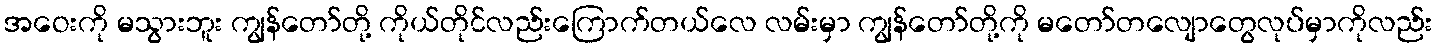
အဝေးကို မသွားဘူး ကျွန်တော်တို့ ကိုယ်တိုင်လည်းကြောက်တယ်လေ လမ်းမှာ ကျွန်တော်တို့ကို မတော်တလျောတွေလုပ်မှာကိုလည်း